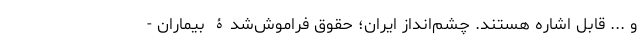
و ... قابل اشاره هستند. چشم‌انداز ایران؛ حقوق فراموش‌شدۀ بیماران -